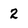
Character: 2